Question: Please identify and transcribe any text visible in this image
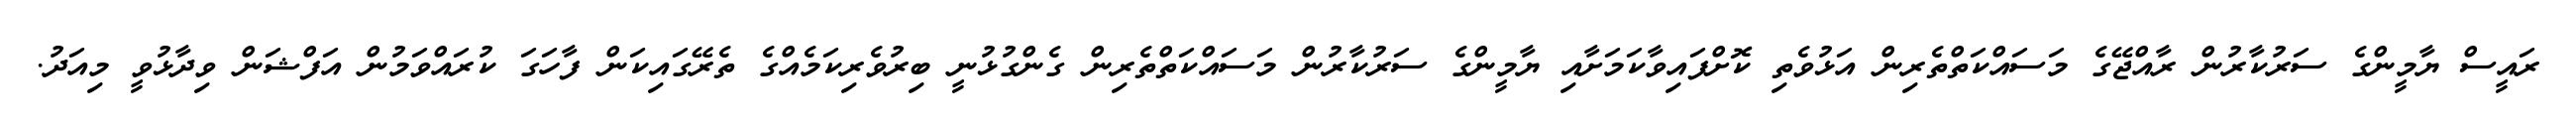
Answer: ރައީސް ޔާމީންގެ ސަރުކާރުން ރާއްޖޭގެ މަސައްކަތްތެރިން އަޅުވެތި ކޮށްފައިވާކަމަށާއި ޔާމީންގެ ސަރުކާރުން މަސައްކަތްތެރިން ގެންގުޅުނީ ބިރުވެރިކަމެއްގެ ތެރޭގައިކަން ފާހަގަ ކުރައްވަމުން އަފްޝަން ވިދާޅުވީ މިއަދު.